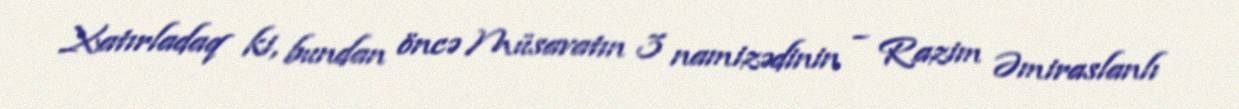
Xatırladaq ki, bundan öncə Müsavatın 3 namizədinin – Razim Əmiraslanlı